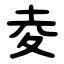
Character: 夌